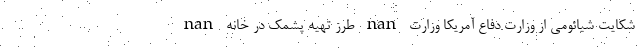
nan طرز تهیه پشمک در خانه nan شکایت شیائومی از وزارت دفاع آمریکا وزارت